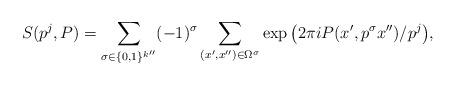
LaTeX: \begin{align*}S(p^j, P) = \sum_{\sigma \in \{0, 1\}^{k''}}(-1)^\sigma\sum_{(x', x'') \in \Omega^\sigma} \exp\big( 2\pi i P(x', p^\sigma x'')/p^j \big),\end{align*}